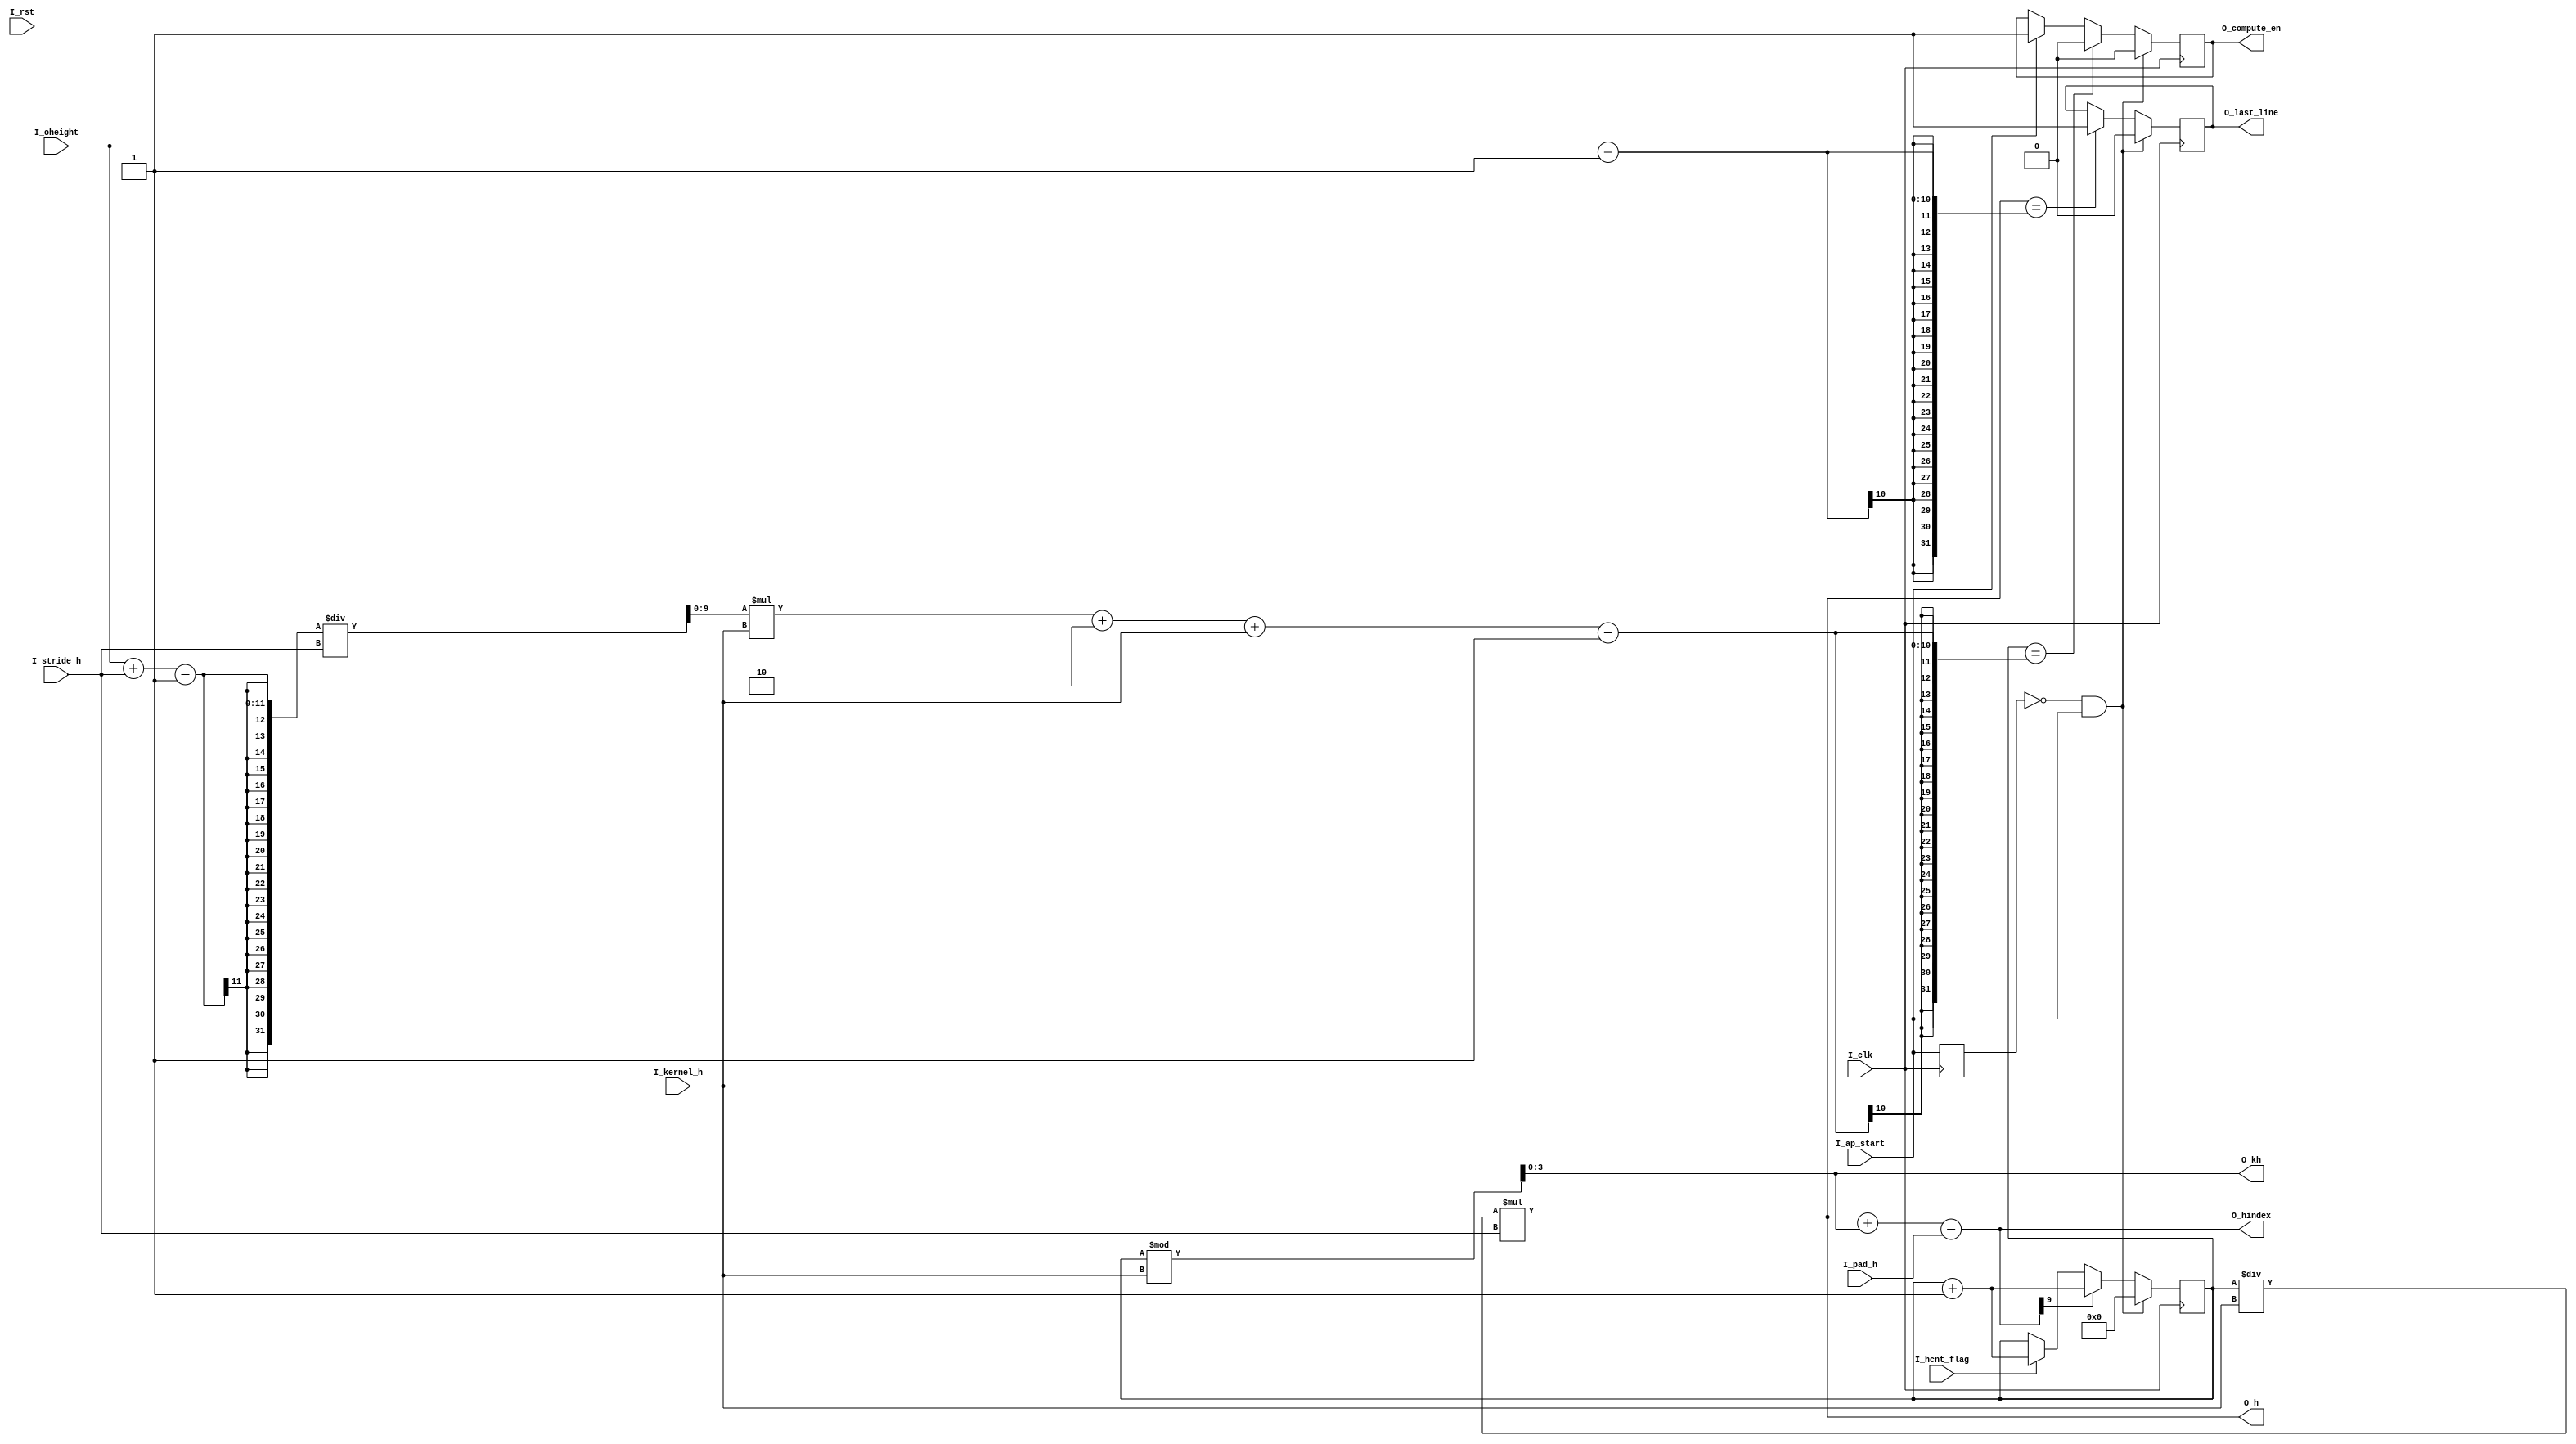
`timescale 1ns / 1ps

//--------------------------------------------
//
//  hindex is the y-direction count
//  hindex++ when a line-count PE finished
//
//--------------------------------------------

module transformhCnt#(
    parameter             C_W_WIDTH = 10,
    parameter             C_KWIDTH  = 4,
    parameter             C_SWIDTH  = 2,
    parameter             C_PWIDTH  = 2
)(
    input                         I_clk,
    input                         I_rst,
    input                         I_ap_start,
    input                         I_hcnt_flag,
    input      [C_W_WIDTH-1:0]    I_oheight,
    input      [C_KWIDTH-1:0]     I_kernel_h,
    input      [C_SWIDTH-1:0]     I_stride_h,
    input      [C_PWIDTH-1:0]     I_pad_h,
    output     [C_W_WIDTH-1:0]    O_h,
    output     [C_KWIDTH-1:0]     O_kh,
    output     [C_W_WIDTH-1:0]    O_hindex,
    output reg                    O_compute_en = 0,
    output reg                    O_last_line=0
);

reg                               S_ap_start = 0;
reg   [C_W_WIDTH-1:0]             S_hcnt     = 0;
wire  [C_W_WIDTH-1:0]             S_oheight_div;
wire  [C_W_WIDTH-1:0]             S_hcntTotal;

assign S_oheight_div = (I_oheight+I_stride_h-1)/I_stride_h;
assign S_hcntTotal = S_oheight_div*I_kernel_h+2+I_kernel_h;

always@ (posedge I_clk)
begin
    S_ap_start <= I_ap_start;
     
    if (~S_ap_start && I_ap_start)
        S_hcnt <= 'd0;
    else if (O_hindex[C_W_WIDTH-1])
        S_hcnt <= S_hcnt + 'd1;
    else if (I_hcnt_flag)
        S_hcnt <= S_hcnt + 'd1;
end

assign    O_h      = (S_hcnt/I_kernel_h)*I_stride_h;
assign    O_kh     = S_hcnt%I_kernel_h;
assign    O_hindex = O_h + O_kh - I_pad_h;

always@ (posedge I_clk)
begin
    if (~S_ap_start && I_ap_start)
        O_compute_en <= 1'b0;
    else if (S_hcnt == S_hcntTotal-1)
        O_compute_en <= 1'b0;
    else if (I_ap_start)
        O_compute_en <= 1'b1;
end

always@ (posedge I_clk)
begin
    if (~S_ap_start && I_ap_start)
        O_last_line <= 1'b0;
    else if (O_h==I_oheight-1)
        O_last_line <= 1'b1;
end

endmodule